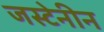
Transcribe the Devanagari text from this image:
जस्टेनीन